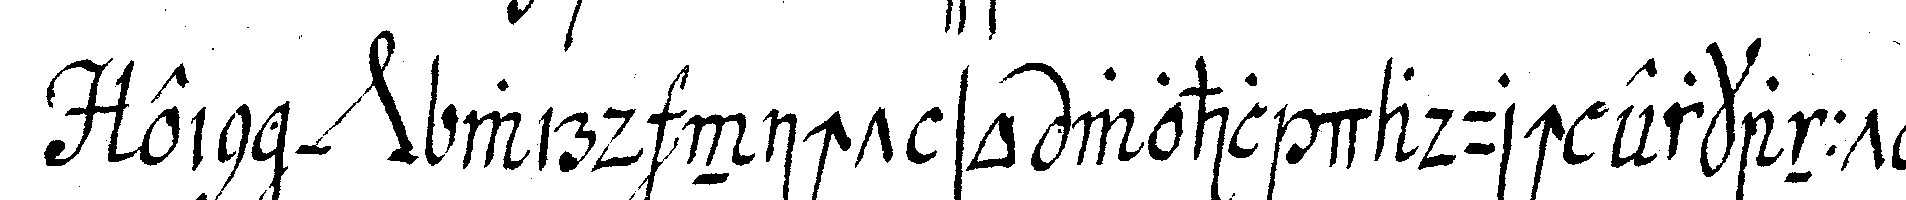
ein *nee* wird nicht so wohl dadurch erkannt